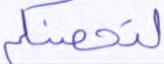
لتحصنكم